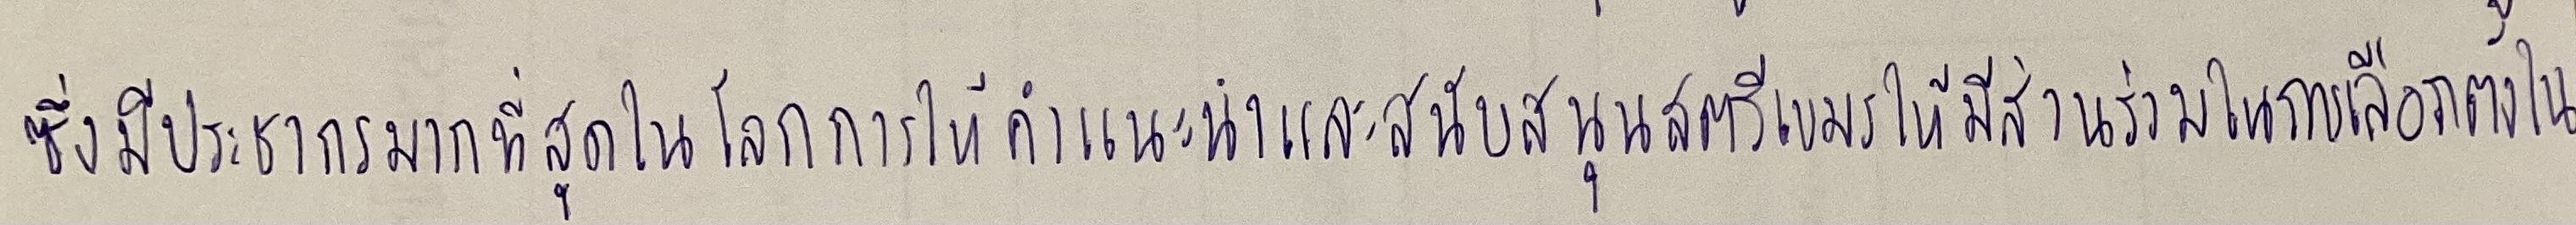
ซึ่งมีประชากรมากที่สุดในโลกการให้คำแนะนำและสนับสนุนสตรีเขมรให้มีส่วนร่วมในการเลือกตั้งใน